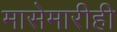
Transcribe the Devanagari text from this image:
मासेमारीही